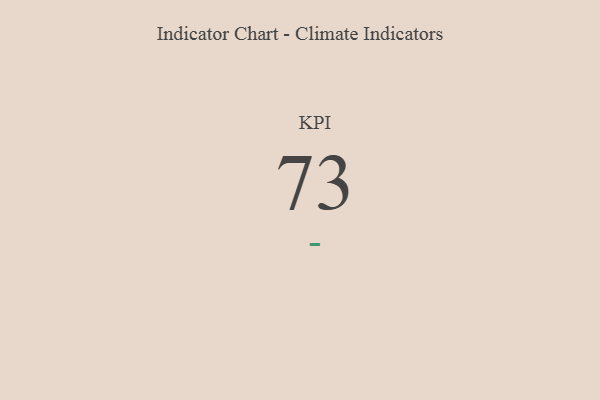
{"axis": {"x": "KPI", "y": "Value"}, "legend": [""], "data": [{"x": "KPI", "y": 73, "type": ""}]}